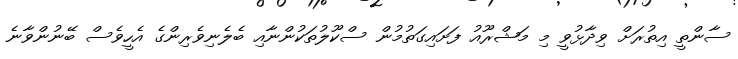
ސާންތީ އިތުރަށް ވިދާޅުވީ މި މަޝްރޫއު ފަށައިގަތުމުން ސްކޫލުތަކުންނާއި ބެލެނިވެރިންގެ އެހީވެސް ބޭނުންވާނެ